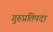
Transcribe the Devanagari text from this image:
गुरुप्रतिपदा